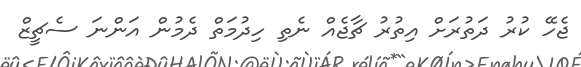
ޖެހޭ ކުރު ދަތުރަށް އިތުރު ޗާޖެއް ނެތި ހިދުމަތް ދެމުން އަންނަ ސެޗީޒް